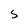
Character: S